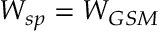
W _ { s p } = W _ { G S M }